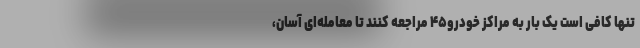
تنها کافی است یک بار به مراکز خودرو۴۵ مراجعه کنند تا معامله‌ای آسان،